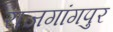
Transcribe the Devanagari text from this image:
राजगांगपुर